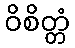
ဝိစိတ္တံ